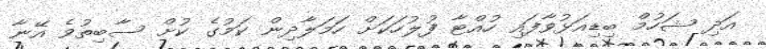
އަދި ޝަހުމް ބިޑިއަޅުވާފައި ހުއްޓާ ފުލުހަކަށް ހަމަލާދިން ކަމުގެ ކުށް ސާބިތުވެ އޭނާ